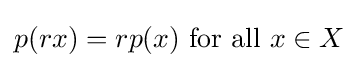
p(rx)=rp(x){\text{ for all }}x\in X